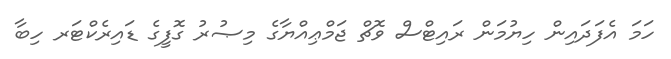
ހަމަ އެފަދައިން ހިޔުމަން ރައިޓްސް ވޮޗް ޖަމްޢިއްޔާގެ މިޞުރު ގޮފީގެ ޑައިރެކްޓަރ ހިބާ